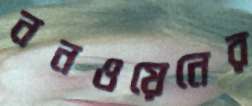
ননওয়েনের